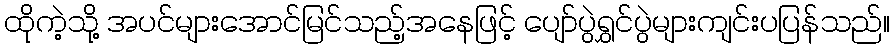
ထိုကဲ့သို့ အပင်များအောင်မြင်သည့်အနေဖြင့် ပျော်ပွဲရွှင်ပွဲများကျင်းပပြန်သည်။